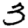
Digit: 3